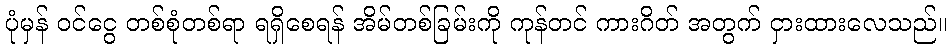
ပုံမှန် ဝင်ငွေ တစ်စုံတစ်ရာ ရရှိစေရန် အိမ်တစ်ခြမ်းကို ကုန်တင် ကားဂိတ် အတွက် ငှားထားလေသည်။